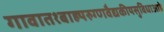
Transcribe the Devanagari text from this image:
गावात१बाह्यरुग्णवैद्यकीयसुविधाआहे